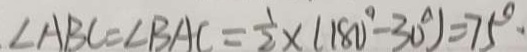
\angle A B C = \angle B A C = \frac { 1 } { 2 } \times ( 1 8 0 ^ { \circ } - 3 0 ^ { \circ } ) = 7 5 ^ { \circ } \cdot